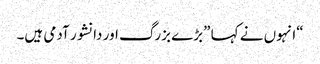
“انہوں نے کہا ”بڑے بزرگ اور دانشور آدمی ہیں۔